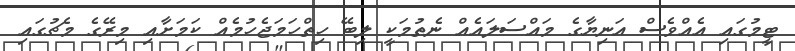
ޓީމުގައި އެއްވެސް އަނިޔާގެ މައްސަލައެއް ނެތުމަކީ ލިބޭ ހިތްހަމަޖެހުމެއް ކަމަށާއި މިރޭގެ މެޗުގައި